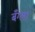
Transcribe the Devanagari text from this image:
बँग्ला